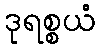
ဒုရစ္စယံ